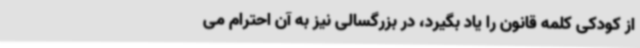
از کودکی کلمه قانون را یاد بگیرد، در بزرگسالی نیز به آن احترام می